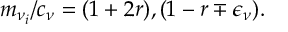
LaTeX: m _ { \nu _ { i } } / c _ { \nu } = ( 1 + 2 r ) , ( 1 - r \mp \epsilon _ { \nu } ) .